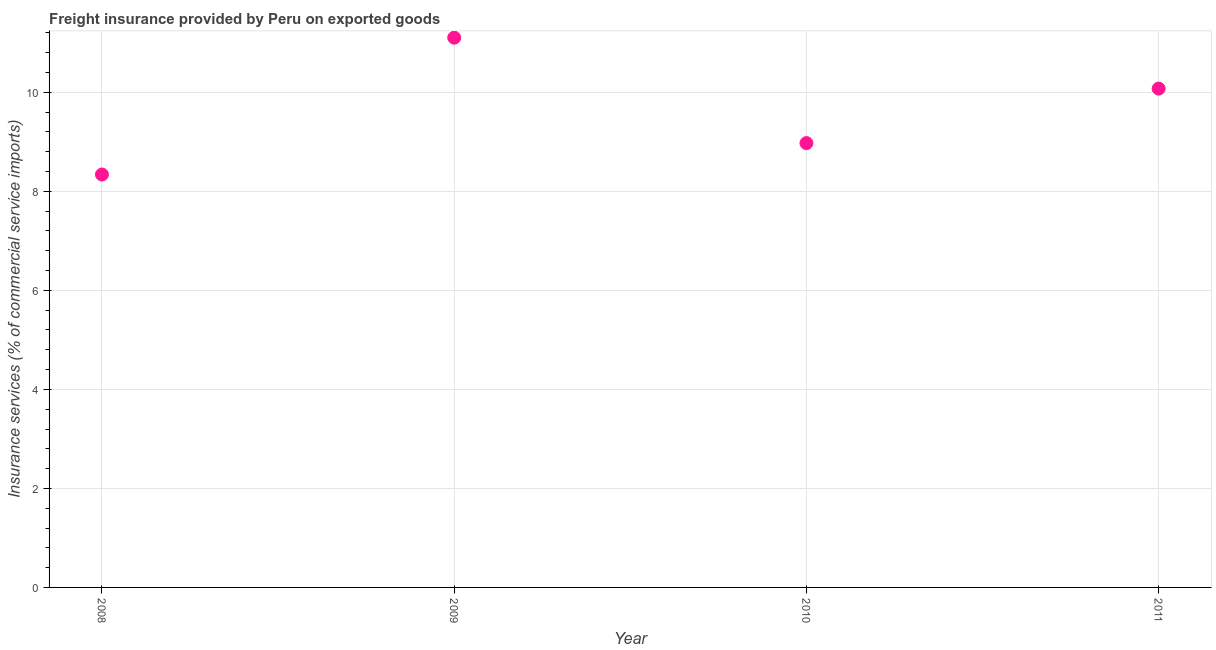
| Year | Insurance and financial services |
 | --- | --- |
 | 2008 | 8.34 |
 | 2009 | 11.1 |
 | 2010 | 8.98 |
 | 2011 | 10.1 |